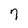
Character: 7